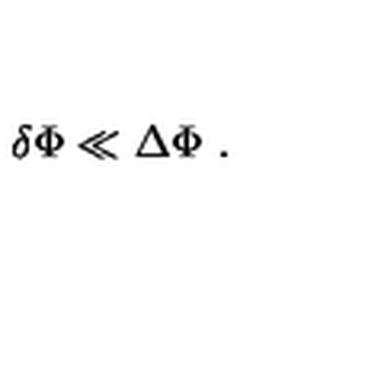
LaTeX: \delta \Phi \ll \Delta \Phi \ .